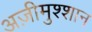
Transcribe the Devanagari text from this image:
अज़ीमुश्शान